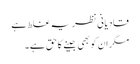
قادیانی نظریہ غلط ہے
مگر ان کو بھی جینے کا حق ہے ۔